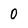
Character: 0